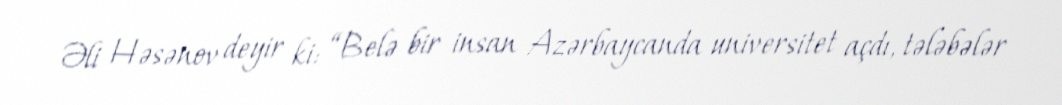
Əli Həsənov deyir ki: “Belə bir insan Azərbaycanda universitet açdı, tələbələr